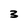
Character: 3